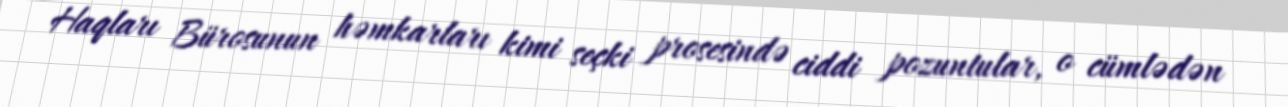
Haqları Bürosunun həmkarları kimi seçki prosesində ciddi pozuntular, o cümlədən